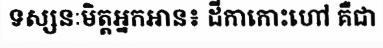
ទស្សនៈមិត្តអ្នកអាន៖ ដីកាកោះហៅ គឺជា